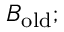
B _ { \mathrm { o l d } } ;